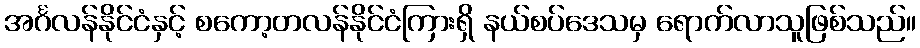
အင်္ဂလန်နိုင်ငံနှင့် စကော့တလန်နိုင်ငံကြားရှိ နယ်စပ်ဒေသမှ ရောက်လာသူဖြစ်သည်။